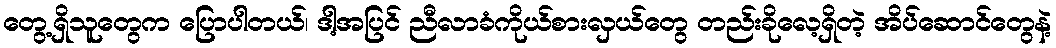
တွေ့ရှိသူတွေက ပြောပါတယ်၊ ဒါ့အပြင် ညီလာခံကိုယ်စားလှယ်တွေ တည်းခိုလေ့ရှိတဲ့ အိပ်ဆောင်တွေနဲ့